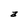
Character: a